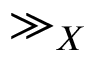
\gg _ { X }